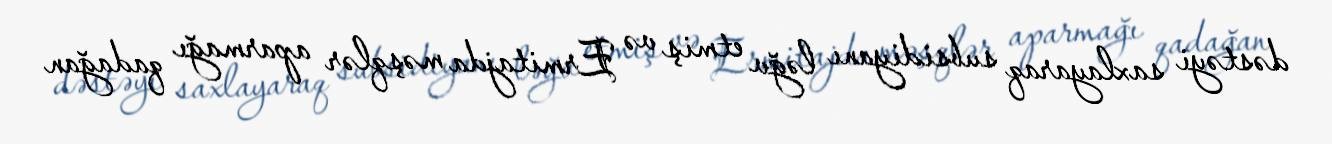
dəstəyi saxlayaraq subsidiyanı ləğv etmiş və Ermitajda məşqlər aparmağı qadağan